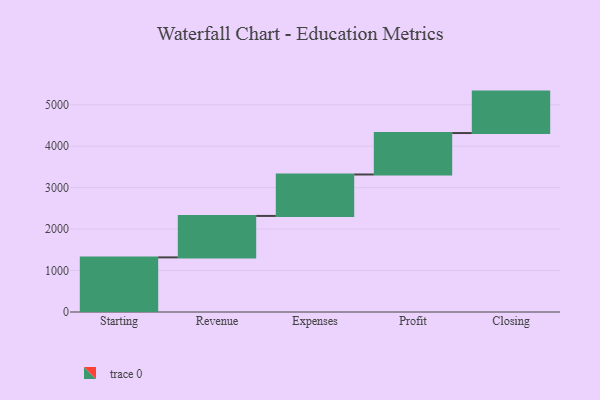
{"axis": {"x": "Step", "y": "Value"}, "legend": [""], "data": [{"x": "Starting", "y": 1318.0, "type": ""}, {"x": "Revenue", "y": 1000, "type": ""}, {"x": "Expenses", "y": 1000, "type": ""}, {"x": "Profit", "y": 1000, "type": ""}, {"x": "Closing", "y": 1000, "type": ""}]}